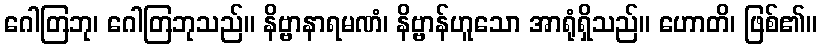
ဂေါတြဘု၊ ဂေါတြဘုသည်။ နိဗ္ဗာနာရမဏံ၊ နိဗ္ဗာန်ဟူသော အာရုံရှိသည်။ ဟောတိ၊ ဖြစ်၏။